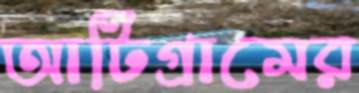
আটিগ্রামের